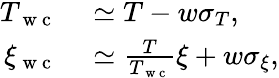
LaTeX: \begin{array}{rl}{T_{\mathrm{~w~c~}}}&{{}\simeq T-w\sigma_{T},}\\ {\xi_{\mathrm{~w~c~}}}&{{}\simeq\frac{T}{T_{\mathrm{~w~c~}}}\xi+w\sigma_{\xi},}\end{array}